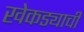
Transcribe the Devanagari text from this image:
खेकड्याची